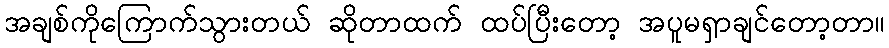
အချစ်ကိုကြောက်သွားတယ် ဆိုတာထက် ထပ်ပြီးတော့ အပူမရှာချင်တော့တာ။